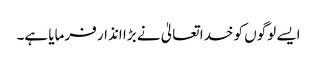
ایسے لوگوں کو خدا تعالیٰ نے بڑا انذار فرمایا ہے۔